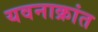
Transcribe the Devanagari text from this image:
यवनाक्रांत